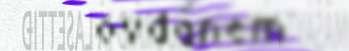
ovdánem